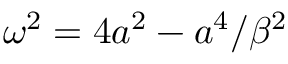
\omega ^ { 2 } = 4 a ^ { 2 } - a ^ { 4 } / \beta ^ { 2 }